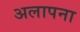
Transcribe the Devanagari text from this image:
अलापना